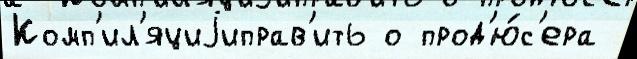
Комп'ил'яциjиправ'ить о прод'ю́с'ера